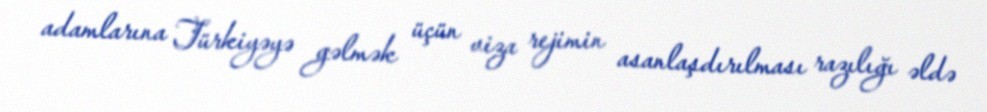
adamlarına Türkiyəyə gəlmək üçün viza rejimin asanlaşdırılması razılığı əldə